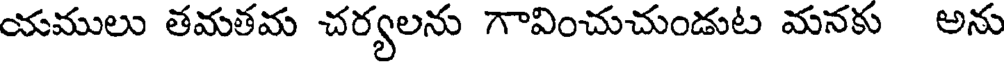
యములు తమతమ చర్యలను గావించుచుండుట మనకు అను